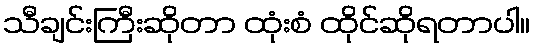
သီချင်းကြီးဆိုတာ ထုံးစံ ထိုင်ဆိုရတာပါ။